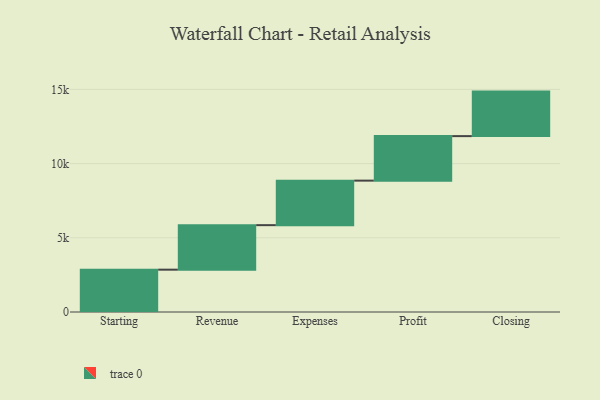
{"axis": {"x": "Step", "y": "Value"}, "legend": [""], "data": [{"x": "Starting", "y": 2853.0, "type": ""}, {"x": "Revenue", "y": 3000, "type": ""}, {"x": "Expenses", "y": 3000, "type": ""}, {"x": "Profit", "y": 3000, "type": ""}, {"x": "Closing", "y": 3000, "type": ""}]}